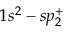
1 s ^ { 2 } - s p _ { 2 } ^ { + }